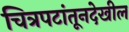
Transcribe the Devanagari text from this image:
चित्रपटांतूनदेखील